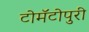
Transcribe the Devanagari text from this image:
टोमॅटोपुरी